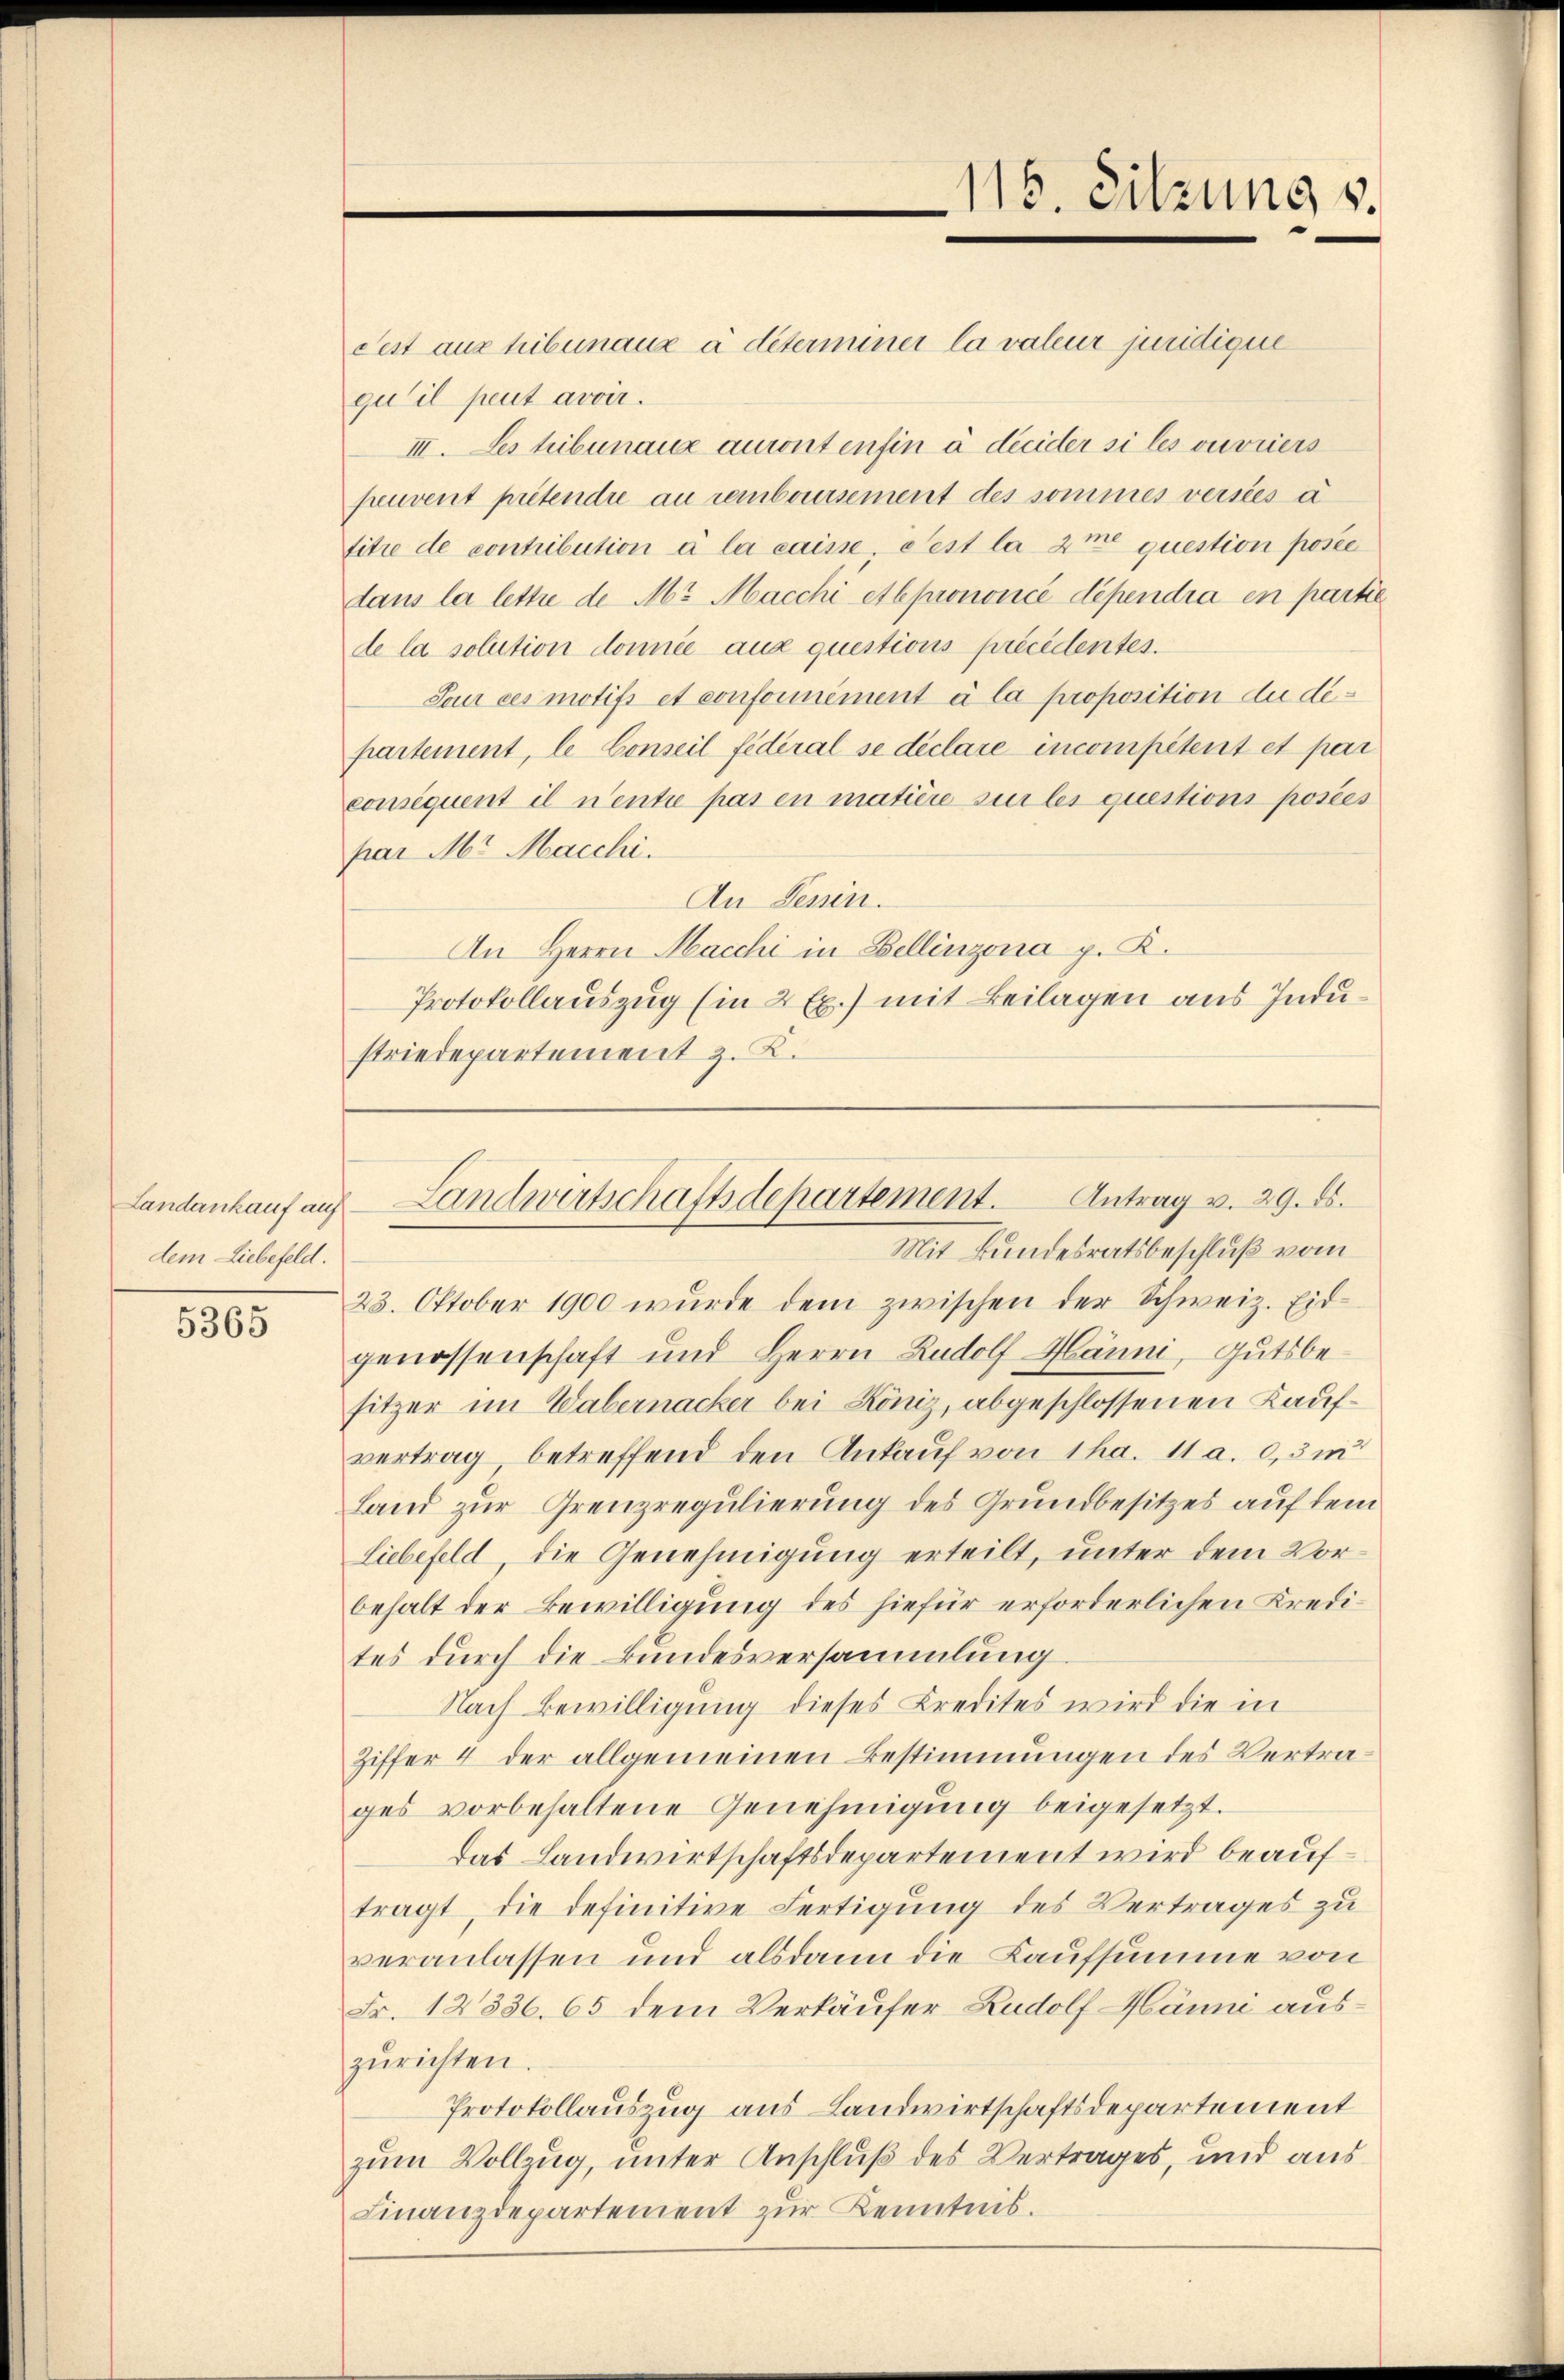
Landankauf auf
dem Liebefeld.

5365

Fest aus hibunaux à déterminer la valeur juridique
qu’il peut avoir.
III. Les tribunaux auront enfin à decider si les ouvriers
peuvent prétendre au remboursement des sommes versées à
titre de contribution à la caisse. Pest la me question posée
dans la lettre de Mr. Macchi et prononcé dépendia en partie
de la solution donnée aux questions précédentes.
Tour ces motifs et conformément à la proposition du dipartement, le Conseil fédéral se déclaré incompétent et par
consequent il n’entre pas en matière sur les questions posées
par Mr. Marchi
An Jenin.
An Herrn Macchi in Bellinzona p. K.
Protokollauszug (in 2 Ex.) mit Beilagen aus Industriedepartement z. K.

23. Oktober 1900 wurde dem zwischen der Schweiz. Eidgenossenschaft und Herrn Rudolf Hänni, Gutsbesitzer im Wabernacker bei Köniz, abgeschlossenen Kaufvertrag betreffend den Ankauf von 1 ha. 11 a. 0,3m
Land zur Grenzregulierung des Grundbesitzes auf dem
liebefeld, die Genehmigung erteilt, unter dem Vorbehalt der Bewilligung des hiefür erforderlichen Kredites durch die Bundesversammlung
Nach Bewilligung dieses Credites wird die in
Ziffer 4 der allgemeinen Bestimmungen des Vertrages vorbehaltene Genehmigung beigesetzt.
das Landwirtschaftsdepartement wird beauftragt, die definitive Fertigung des Vertrages zu
veranlassen und alsdann die Kaufsumme von
Fr. 12336. 65 dem Verkäufer Rudolf Hänni auszŭrichten.
Protokollauszug aus Landwirtschaftsdepartement
zum Vollzug, unter Anschluß des Vertrages, und aus
Finanzdepartement zur Kenntnis.

115. Sitzung v.

Landwirtschaftsdepartement. Antrag v. 29. ds.
Mit Bundesratsbeschluß vom